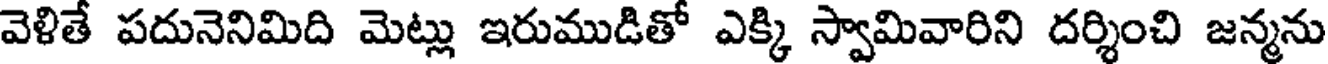
వెళితే పదునెనిమిది మెట్లు ఇరుముడితో ఎక్కి స్వామివారిని దర్శించి జన్మను